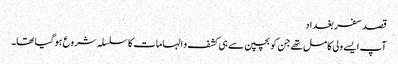
قصد سفر بغداد
آپ ایسے ولی کامل تھے جن کو بچپن سے ہی کشف و الہامات کا سلسلہ شروع ہوگیا تھا۔